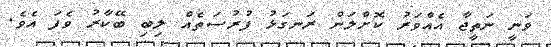
ވަނީ ނަތީޖާ އެއްވަރު ކޮށްލަން ރަނގަޅު ފުރުސަތެއް ލިބި ބޭކާރު ވެފަ އެވެ.